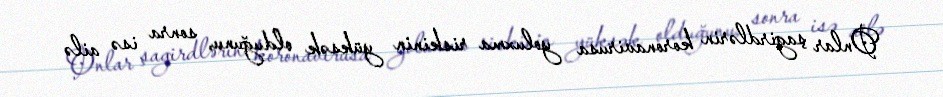
Onlar şagirdlərin koronavirusa yoluxma riskinin yüksək olduğunu, sonra isə ailə